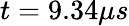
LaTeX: t=9.34\mu s